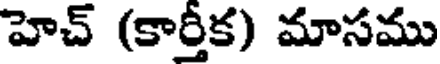
హెచ్ (కార్తీక) మాసము